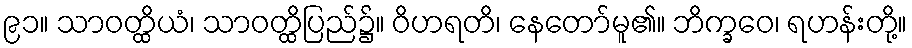
၉၁။ သာဝတ္ထိယံ၊ သာဝတ္ထိပြည်၌။ ဝိဟရတိ၊ နေတော်မူ၏။ ဘိက္ခဝေ၊ ရဟန်းတို့။